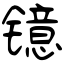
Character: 镱